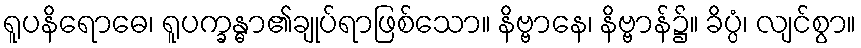
ရူပနိရောဓေ၊ ရူပက္ခန္ဓာ၏ချုပ်ရာဖြစ်သော။ နိဗ္ဗာနေ၊ နိဗ္ဗာန်၌။ ခိပ္ပံ၊ လျင်စွာ။